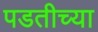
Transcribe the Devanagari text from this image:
पडतीच्या